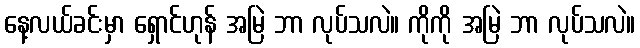
နေ့လယ်ခင်းမှာ ရှောင်ဟုန် အမြဲ ဘာ လုပ်သလဲ။ ကိုကို အမြဲ ဘာ လုပ်သလဲ။